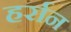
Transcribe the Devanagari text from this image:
हर्रान